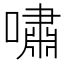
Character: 嘯